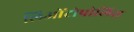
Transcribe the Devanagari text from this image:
लिओंटोपोलिस